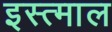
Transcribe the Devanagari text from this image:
इस्त्माल